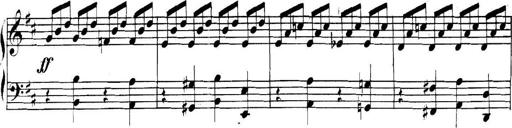
Title: Collected Piano Sonatas
Composer: Muzio Clementi